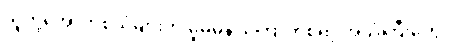
သူတို့အော်ဟစ်သံများက မူမမှန်၊ ကြောက်စရာ့ အသံကြီးတွေ။